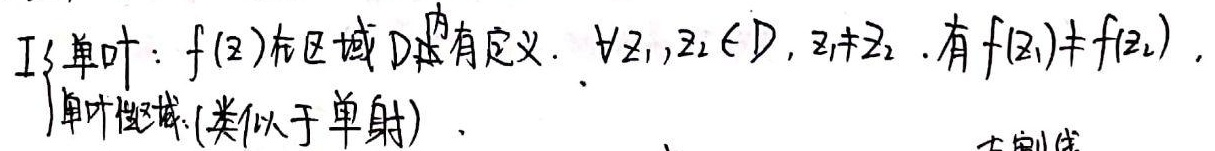
I3单叶：$f(z)$在区域$D$内有定义。$\forall z_1,z_2\in D,z_1\neq z_2$，有$f(z_1)\neq f(z_2)$。单叶性域(类似于单射)。